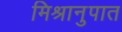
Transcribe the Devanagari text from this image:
मिश्रानुपात